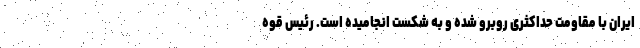
ایران با مقاومت حداکثری روبرو شده و به شکست انجامیده است. رئیس قوه